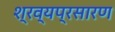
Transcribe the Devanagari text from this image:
श्रव्यप्रसारण